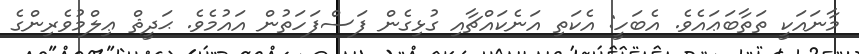
މާނައަކީ ތަތާބަޢައެވެ. އެބަހީ: އެކަތި އަނެކައްޗާއި ގުޅިގެން ފަސްފަހަތުން އައުމެވެ. ޙަދީޘް ޢިލްމުވެރިންގެ